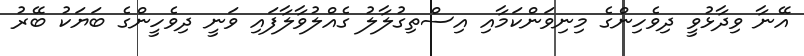
އޭނާ ވިދާޅުވީ ދިވެހިންގެ މިނިވަންކަމާއި އިސްތިގުލާލު ގެއްލުވާލާފައި ވަނީ ދިވެހީންގެ ބަޔަކު ބޭރު